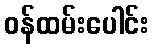
ဝန်ထမ်းပေါင်း